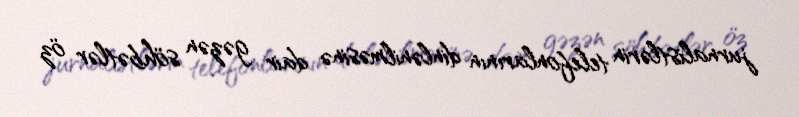
jurnalistlərin telefonlarının dinlənilməsinə dair gəzən söhbətlər öz